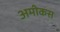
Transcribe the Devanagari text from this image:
अमीकस